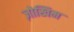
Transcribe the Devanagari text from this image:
ज़ोखिम